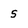
Character: 5